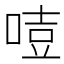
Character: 𠷸